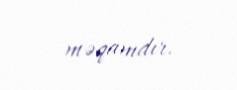
məqamdır.